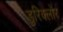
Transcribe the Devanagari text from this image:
डुरिक्लोर